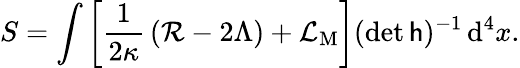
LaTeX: S=\int\left[{\frac{1}{2\kappa}}\left({\mathcal{R}}-2\Lambda\right)+{\mathcal{L}}_{\mathrm{M}}\right](\operatorname*{det}{\mathsf{h}})^{-1}\, \mathrm{d}^{4}x.